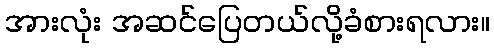
အားလုံး အဆင်ပြေတယ်လို့ခံစားရလား။